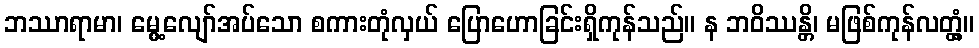
ဘဿာရာမာ၊ မွေ့လျော်အပ်သော စကားတုံလှယ် ပြောဟောခြင်းရှိကုန်သည်။ န ဘဝိဿန္တိ၊ မဖြစ်ကုန်လတ္တံ့။